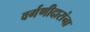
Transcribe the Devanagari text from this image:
वर्गणीदारांना